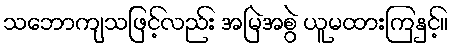
သဘောကျသဖြင့်လည်း အမြဲအစွဲ ယူမထားကြနှင့်။